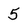
Character: 5